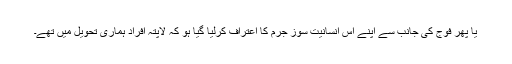
یا پھر فوج کی جانب سے اپنے اس انسانیت سوز جرم کا اعتراف کرلیا گیا ہو کہ لاپتہ افراد ہماری تحویل میں تھے۔